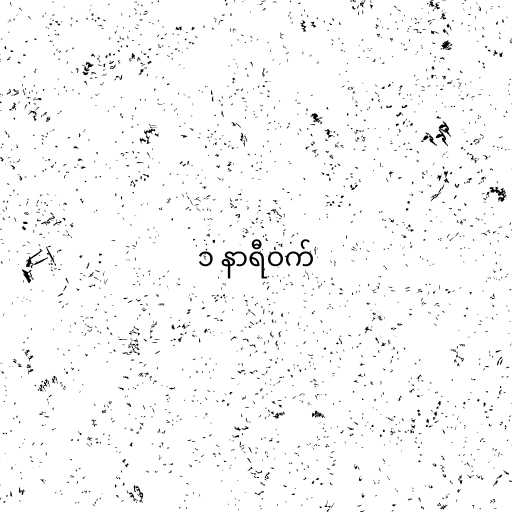
၁ နာရီဝက်